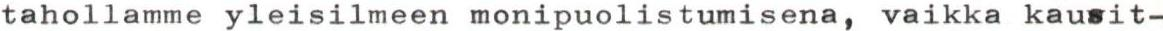
tahollamme yleisilmeen monipuolistumisena, vaikka kausit-